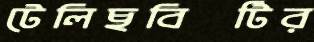
টেলিছবিটির